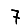
Digit: 7